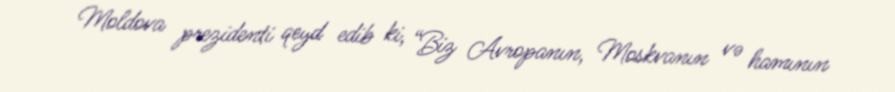
Moldova prezidenti qeyd edib ki, “Biz Avropanın, Moskvanın və hamının